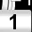
Digit: 1